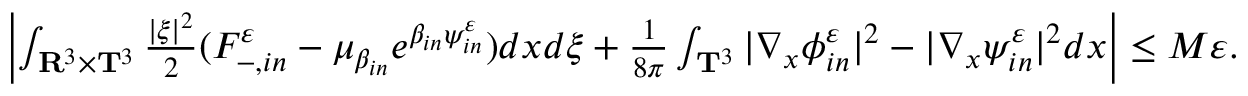
\begin{array} { r } { \left| \int _ { \mathbf R ^ { 3 } \times \mathbf T ^ { 3 } } \frac { | \xi | ^ { 2 } } { 2 } ( F _ { - , i n } ^ { \varepsilon } - \mu _ { \beta _ { i n } } e ^ { \beta _ { i n } \psi _ { i n } ^ { \varepsilon } } ) d x d \xi + \frac { 1 } { 8 \pi } \int _ { \mathbf T ^ { 3 } } | \nabla _ { x } \phi _ { i n } ^ { \varepsilon } | ^ { 2 } - | \nabla _ { x } \psi _ { i n } ^ { \varepsilon } | ^ { 2 } d x \right| \leq M \varepsilon . } \end{array}